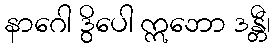
နာဂေါ ဒွိပေါ ဣဘော ဒန္တီ၊